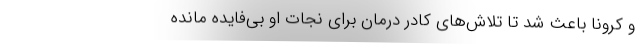
و کرونا باعث شد تا تلاش‌های کادر درمان برای نجات او بی‌فایده مانده